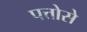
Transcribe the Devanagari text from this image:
पत्तोसे